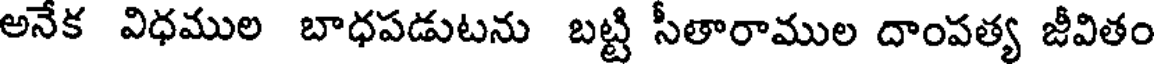
అనేక విధముల బాధపడుటను బట్టి సీతారాముల దాంపత్య జీవితం